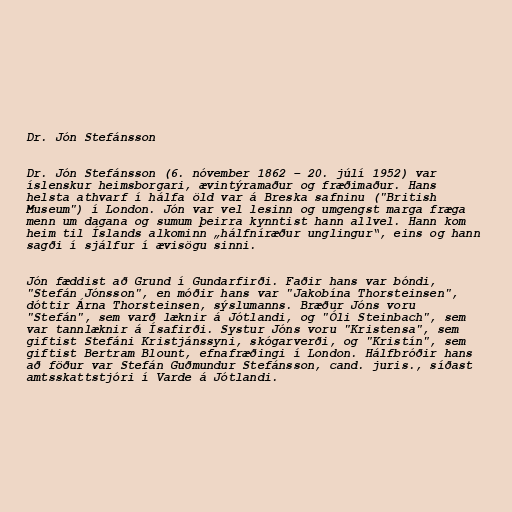
Dr. Jón Stefánsson

Dr. Jón Stefánsson (6. nóvember 1862 – 20. júlí 1952) var
íslenskur heimsborgari, ævintýramaður og fræðimaður. Hans
helsta athvarf í hálfa öld var á Breska safninu ("British
Museum") í London. Jón var vel lesinn og umgengst marga fræga
menn um dagana og sumum þeirra kynntist hann allvel. Hann kom
heim til Íslands alkominn „hálfníræður unglingur“, eins og hann
sagði í sjálfur í ævisögu sinni.

Jón fæddist að Grund í Gundarfirði. Faðir hans var bóndi,
"Stefán Jónsson", en móðir hans var "Jakobína Thorsteinsen",
dóttir Árna Thorsteinsen, sýslumanns. Bræður Jóns voru
"Stefán", sem varð læknir á Jótlandi, og "Óli Steinbach", sem
var tannlæknir á Ísafirði. Systur Jóns voru "Kristensa", sem
giftist Stefáni Kristjánssyni, skógarverði, og "Kristín", sem
giftist Bertram Blount, efnafræðingi í London. Hálfbróðir hans
að föður var Stefán Guðmundur Stefánsson, cand. juris., síðast
amtsskattstjóri í Varde á Jótlandi.